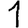
Digit: 1